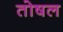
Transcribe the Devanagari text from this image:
तोषल